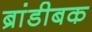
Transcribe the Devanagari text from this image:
ब्रांडीबक